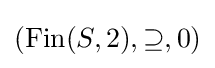
(\operatorname {Fin} (S,2),\supseteq ,0)